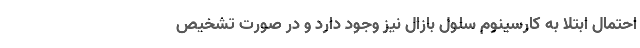
احتمال ابتلا به کارسینوم سلول بازال نیز وجود دارد و در صورت تشخیص